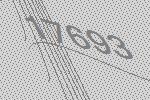
17693